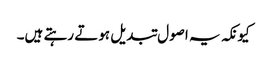
کیونکہ یہ اصول تبدیل ہوتے رہتے ہیں۔